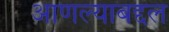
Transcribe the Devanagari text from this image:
आणल्याबद्दल